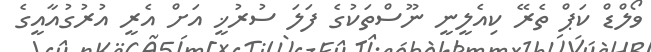
ވޯލްޑް ކަޕް ތެރޭ ކިއެލީނީ ނޫސްތަކުގެ ފަލަ ސުރުޚީ އަށް އެރީ އުރުގުއާއީގެ